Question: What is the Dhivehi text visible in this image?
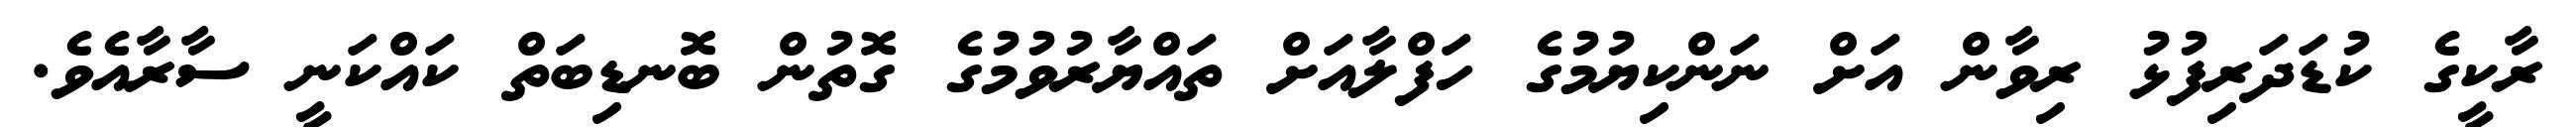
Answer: ރާކީގެ ކުޑަދަރިފުޅު ރިވާން އަށް ނަންކިޔުމުގެ ހަފްލާއަށް ތައްޔާރުވުމުގެ ގޮތުން ބޮނޑިބަތް ކައްކަނީ ސާރާއެވެ.